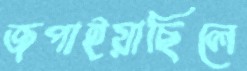
জপাইয়াছিলে